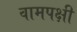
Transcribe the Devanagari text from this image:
वामपक्षी